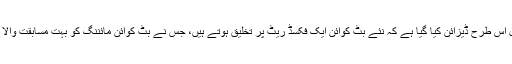
بِٹ کوائن پروٹوکول اس طرح ڈیزائن کیا گیا ہے کہ نئے بِٹ کوائن ایک فکسڈ ریٹ پر تخلیق ہوتے ہیں، جس نے بِٹ کوائن مائننگ کو بہت مسابقت والا کاروبار بنا دیا ہے۔